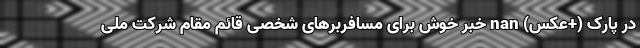
در پارک (+عکس) nan خبر خوش برای مسافربرهای شخصی قائم مقام شرکت ملی